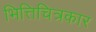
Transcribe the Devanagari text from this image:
भित्तिचित्रकार